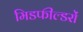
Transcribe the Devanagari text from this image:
मिडफील्डरों